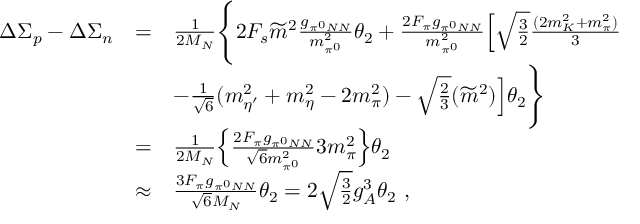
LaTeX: \begin{array} { r c l } { { \Delta \Sigma _ { p } - \Delta \Sigma _ { n } } } & { { = } } & { { \frac { 1 } { 2 M _ { N } } \Bigg \{ 2 F _ { s } \widetilde m ^ { 2 } \frac { g _ { \pi ^ { 0 } N N } } { m _ { \pi ^ { 0 } } ^ { 2 } } \theta _ { 2 } + \frac { 2 F _ { \pi } g _ { \pi ^ { 0 } N N } } { m _ { \pi ^ { 0 } } ^ { 2 } } \Big [ \sqrt \frac { 3 } { 2 } \frac { ( 2 m _ { K } ^ { 2 } + m _ { \pi } ^ { 2 } ) } { 3 } } } \\ { { } } & { { } } & { { - \frac { 1 } { \sqrt 6 } ( m _ { \eta ^ { \prime } } ^ { 2 } + m _ { \eta } ^ { 2 } - 2 m _ { \pi } ^ { 2 } ) - \sqrt \frac { 2 } { 3 } ( \widetilde m ^ { 2 } ) \Big ] \theta _ { 2 } \Bigg \} } } \\ { { } } & { { = } } & { { \frac { 1 } { 2 M _ { N } } \Big \{ \frac { 2 F _ { \pi } g _ { \pi ^ { 0 } N N } } { { \sqrt 6 } m _ { \pi ^ { 0 } } ^ { 2 } } 3 m _ { \pi } ^ { 2 } \Big \} \theta _ { 2 } } } \\ { { } } & { { \approx } } & { { { \frac { 3 F _ { \pi } g _ { \pi ^ { 0 } N N } } { { \sqrt 6 } M _ { N } } } \theta _ { 2 } = 2 \sqrt \frac { 3 } { 2 } g _ { A } ^ { 3 } \theta _ { 2 } ~ , } } \end{array}